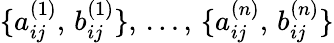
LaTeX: \{ a_{ij}^{(1)},\, b_{ij}^{(1)}\} ,\, \dots,\, \{ a_{ij}^{(n)},\, b_{ij}^{(n)}\}